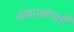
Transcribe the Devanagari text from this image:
संग्रहग्रंथही